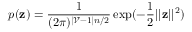
p ( \mathbf { z } ) = \frac { 1 } { ( 2 \pi ) ^ { | \mathcal { V } - 1 | n / 2 } } \exp ( - \frac { 1 } { 2 } | | \mathbf { z } | | ^ { 2 } )